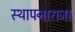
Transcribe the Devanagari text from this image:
स्थापनाराजा